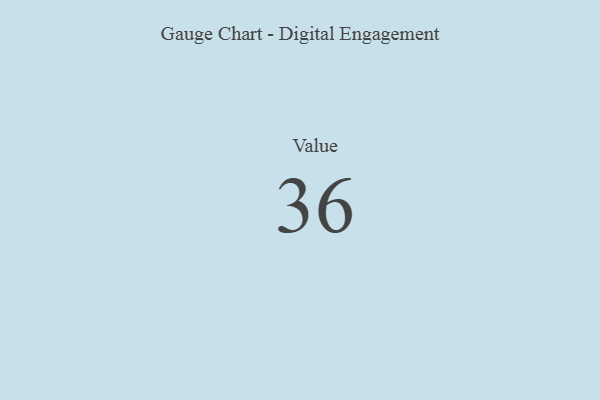
{"axis": {"x": "Metric", "y": "Value"}, "legend": [""], "data": [{"x": "Value", "y": 36, "type": ""}]}